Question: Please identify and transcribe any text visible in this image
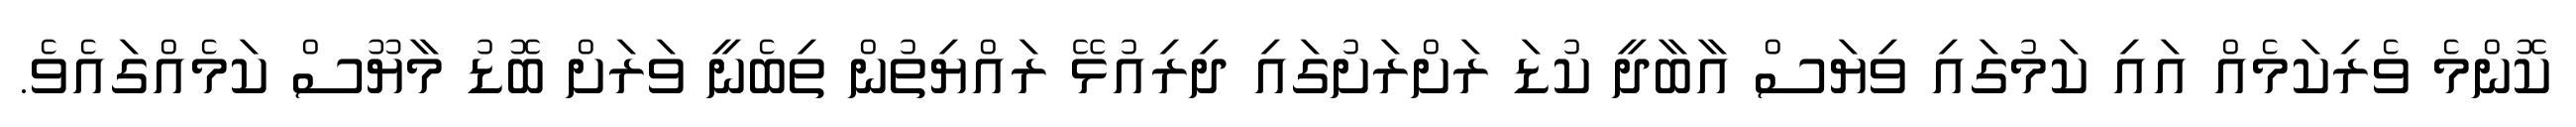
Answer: ކޮންމެ ވެރިކަމެއް އައި ކަމުގައި ވިޔަސް އާބާދީ ކުޑަ ރަށްރަށުގައި ދިރިއުޅޭ ރައްޔިތުން ތިބެނީ ވަރަށް ބޮޑު މާޔޫސް ކަމެއްގައެވެ.